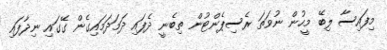
މިފައިސާ ލިބޭ މީހުން ނުވަތަ ރެސިޕެންޓުން ތިބެނީ ދެފައި ދަމަދަމައިގެން ގޭގައި ނިދާފައި